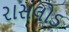
રાસલોડ